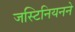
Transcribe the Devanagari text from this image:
जस्टिनियनने